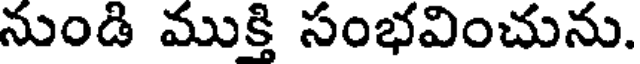
నుండి ముక్తి సంభవించును.